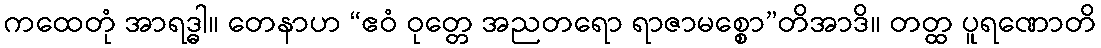
ကထေတုံ အာရဒ္ဓါ။ တေနာဟ “ဧဝံ ဝုတ္တေ အညတရော ရာဇာမစ္စော”တိအာဒိ။ တတ္ထ ပူရဏောတိ